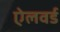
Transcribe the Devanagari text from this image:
ऐलवर्ड